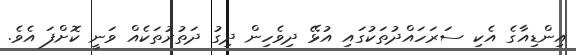
އިންޑިއާގެ އެކި ސަރަހައްދުތަކުގައި އުޅޭ ދިވެހިން ދިގު ދަތުރުތަކެއް ވަނީ ކޮށްފަ އެވެ.